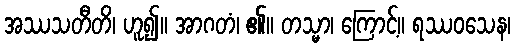
အဿသတီတိ၊ ဟူ၍။ အာဂတံ၊ ၏။ တသ္မာ၊ ကြောင့်။ ရဿဝသေန၊